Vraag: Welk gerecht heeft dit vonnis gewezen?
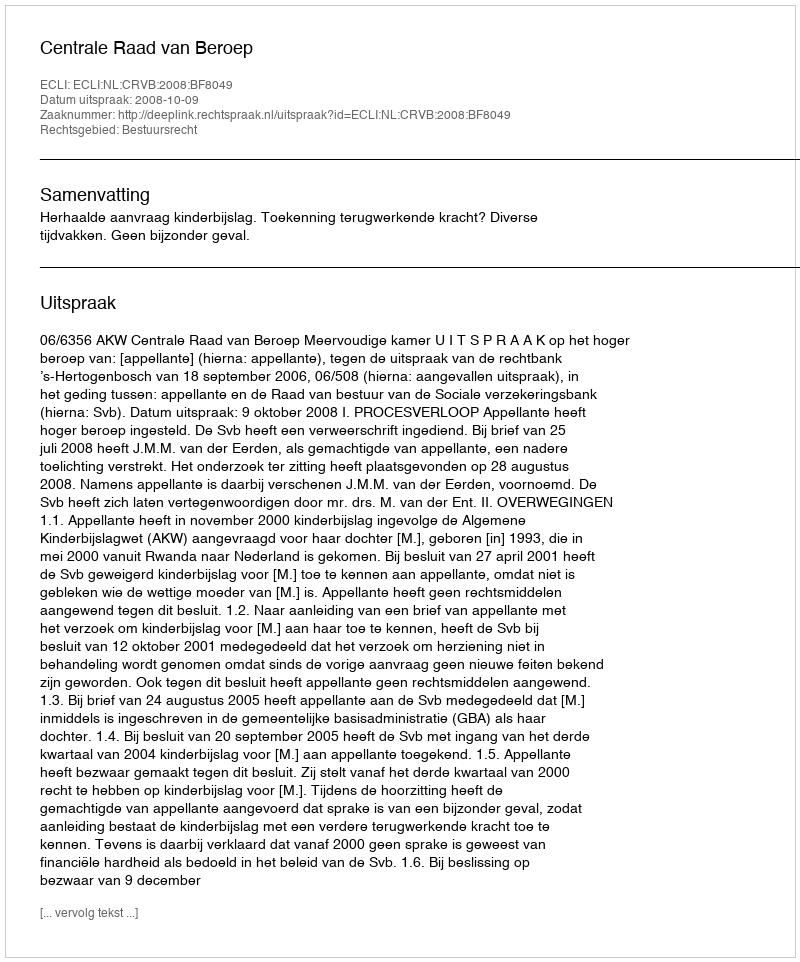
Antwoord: Centrale Raad van Beroep